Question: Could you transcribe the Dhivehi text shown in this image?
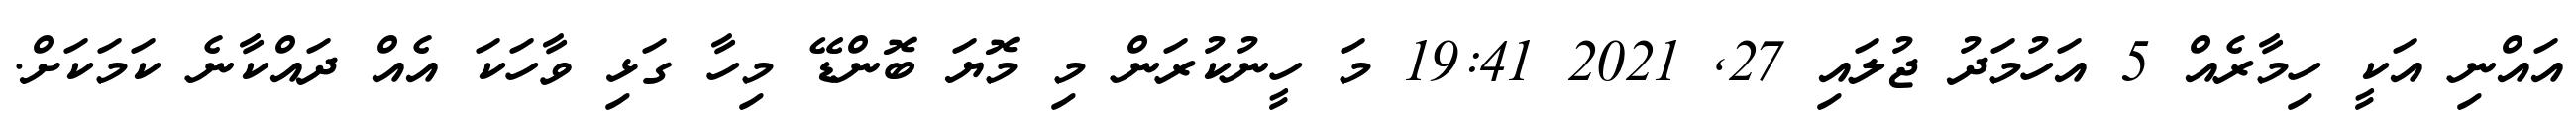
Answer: އައްނި އަކީ ހިމާރެއް 5 އަހުމަދު ޖުލައި 27, 2021 19:41 މަ ހީނުކުރަން މި މޮޔަ ބޮންޑޭ މިހާ ގަޅި ވާހަކަ އެއް ދައްކާނެ ކަމަކަށް.